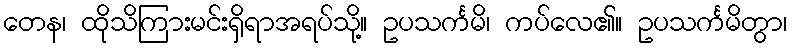
တေန၊ ထိုသိကြားမင်းရှိရာအရပ်သို့။ ဥပသင်္ကမိ၊ ကပ်လေ၏။ ဥပသင်္ကမိတွာ၊